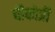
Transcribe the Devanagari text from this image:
चीकोत्री